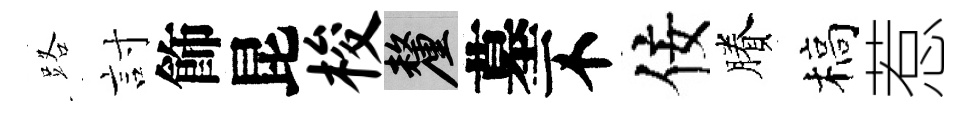
路討飾昆梭厘墓不佞賸槁惹